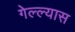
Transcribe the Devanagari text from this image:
गेल्ल्यास